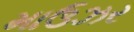
માઉઝર